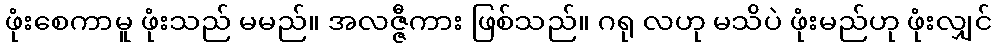
ဖုံးစေကာမူ ဖုံးသည် မမည်။ အလဇ္ဇီကား ဖြစ်သည်။ ဂရု လဟု မသိပဲ ဖုံးမည်ဟု ဖုံးလျှင်